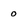
Character: 0